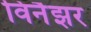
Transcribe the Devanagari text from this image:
विनैझर